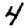
Digit: 4